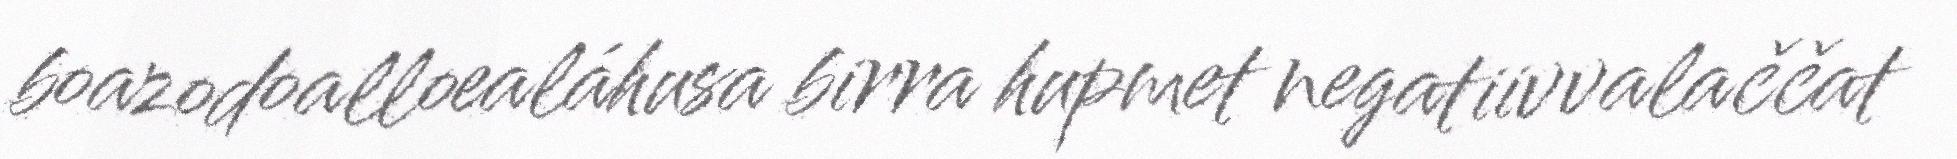
boazodoalloealáhusa birra hupmet negatiivvalaččat